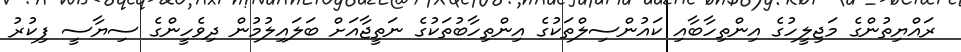
ރައްޔިތުންގެ މަޖިލީހުގެ އިންތިހާބާއި ކައުންސިލްތަކުގެ އިންތިހާބުތަކުގެ ނަތީޖާއަށް ބަލައިލުމުން ދިވެހީންގެ ސިޔާސީ ފިކުރު